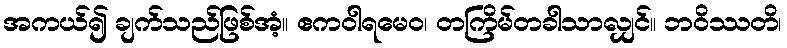
အကယ်၍ ချက်သည်ဖြစ်အံ့။ ဧကဝါရမေဝ၊ တကြိမ်တခါသာလျှင်။ ဘဝိဿတိ၊